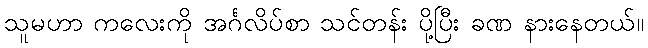
သူမဟာ ကလေးကို အင်္ဂလိပ်စာ သင်တန်း ပို့ပြီး ခဏ နားနေတယ်။